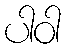
ပါဝါ